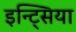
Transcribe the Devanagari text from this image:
इन्ट्सिया